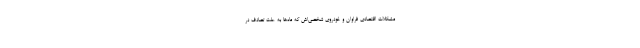
مشکلات اقتصادی فراوان و خودروی شخصی‌اش که ماه‌ها به علت تصادف در